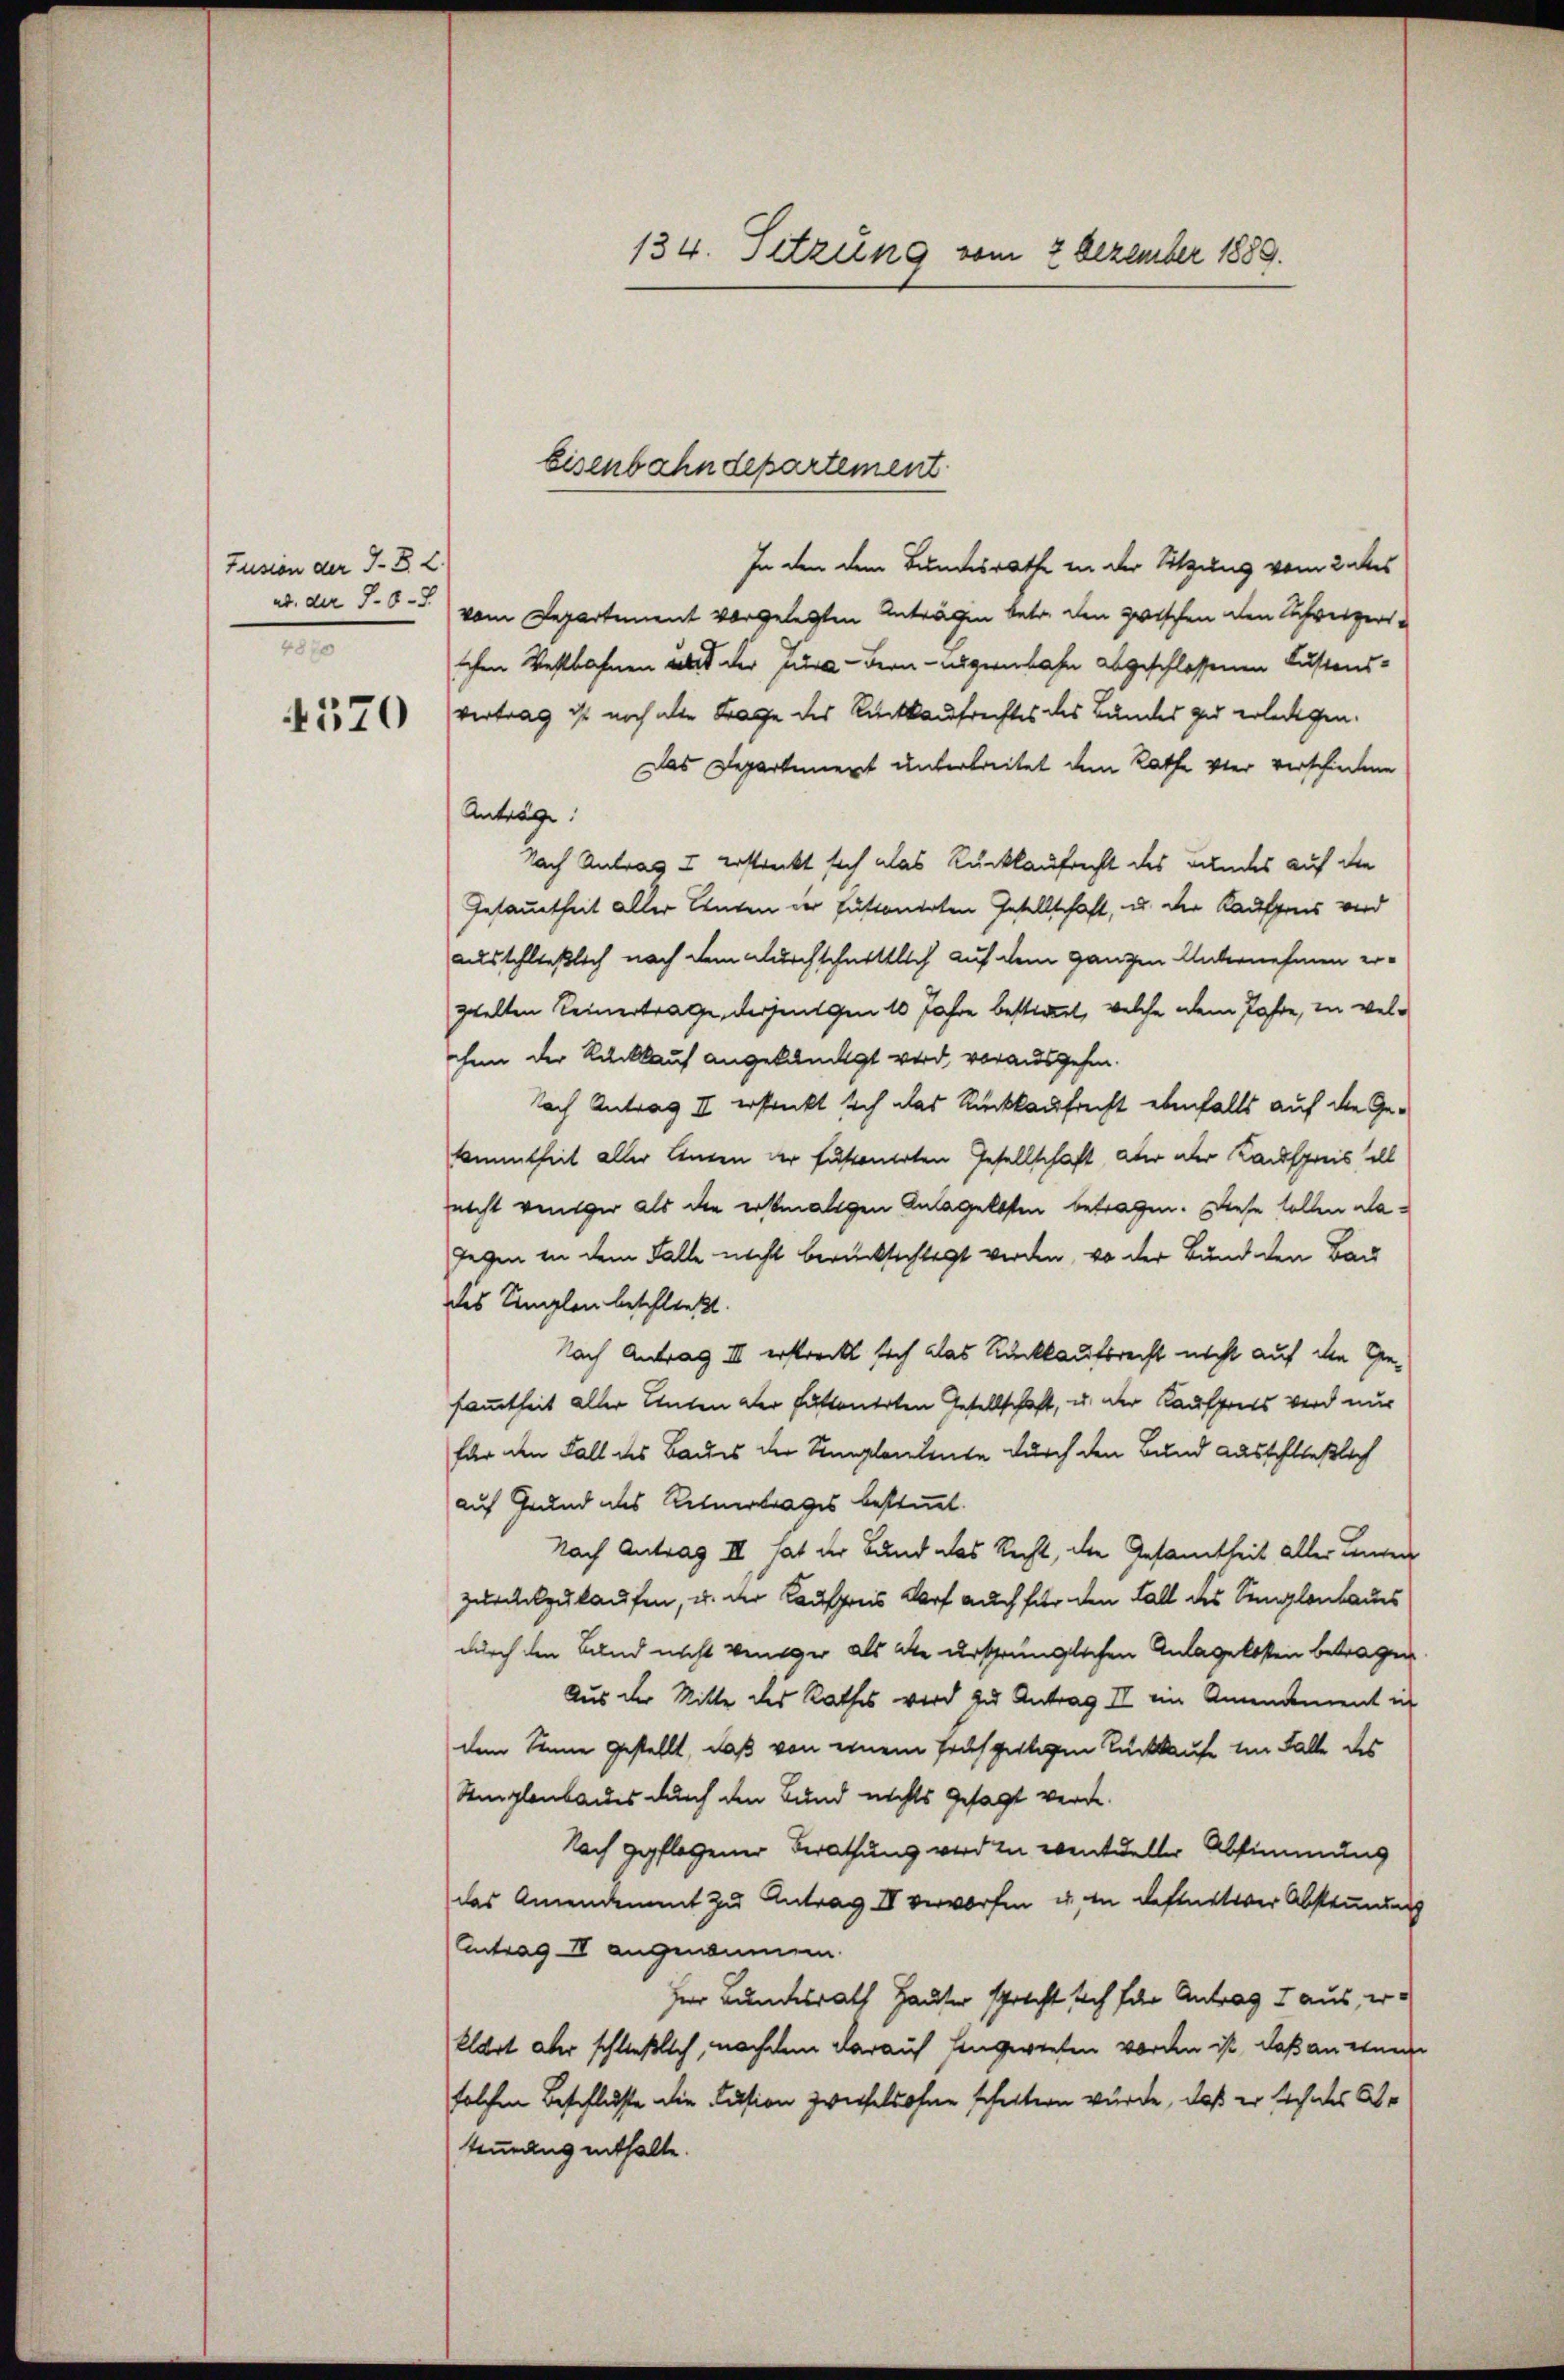
Fusion der I S. 2
e

4570

In den dem Bundesrathe in der Sitzung vom 2 des
nb. der §. 6. vom Departement vorgelegten Anträgen betr. den zwischen den Schreizeri
schen Westbahnen als der una - Bern - augenbahn abgeschlossenen Lustens-
vertrag ist noch aber Frage des Rückkaufrechtes des Bundes zu erledigen.
Das Departement unterbreitet dem Rathe vier verschiedene
Antrage
Nach Antrag I erstreckt sich das Rückkaufrecht des Bundes auf die
Gesammtheit aller Aenden der tuttonirten Gesellschaft, u. der Kaufpreis wird
ausschließlich nach dem durchschnittlich auf dem ganzen Unternehmen er-
zwelten Keinertrage, derjenigen 10 Jahre bestimmt, welche dem Jahre, in welhnn der Rückkauf angekündigt wird, vorausgehen.
Nach Antrag II ersteckt sich das Rückkaufrecht ebenfalls auf die Gesammtheit aller Anden der fustonierten Gesellschaft, aber der Kaufpreis ill
nicht weniger als die erstmaligen Anlagelssten betragen. Diese sollen dagegen in dem Falle nicht berücksichtigt werden, wo der Bund den Bac
des Simplen beschließt.
Nach Antrag III. erstreckt sich das Rückkaufsrecht nicht auf die Gesammtheit aller Unten der Futtenerten Gesellschaft, u. der Kaufpreis wird nur
für den Fall des Baues der Umplendente durch den Bund ausschließlich
auf Grund des Retnertrages bestimmt.
Nach Antrag III hat der Bund das Recht, die Gesamtheit aller Linden
zurückzukaufen, u. der Kaufpreis darf auch für den Fall des Sennglenhaus
durch den Band nicht weniger als die ursprünglichen Anlagelosten betragen.
Aus der Mitte des Rathes wird zu Antrag II ein Amendement in
dem Sinne gestellt, daß von einem frühzeitigen Rückkaufe im Falle des
Semglaubaues durch den Bund nichts gesagt werde.
Nach gepflogener Berathung werden wentueller Abstimmung
das Amendement zu Antrag IV verworfen u. in definitiver Abstimmung
(Antrag II angenommen.
Her Bundesrath Hauter sprecht sich für Antrag I aus, er-
klart aber schließlich, nachdem darauf hingereiten worden ist, daß an eine
solchen Beschlusse die Fusion zweifelsohne scheitern würde, daß er sich des Ar
timmung enthalte.

134. Setzung vom 2 Dezember 1889.

Eisenbahndepartement